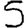
Digit: 5